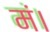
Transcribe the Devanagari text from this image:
मं।